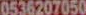
0536207050